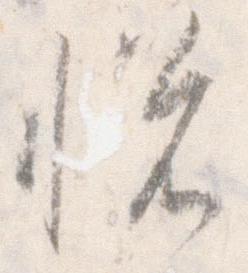
悦